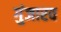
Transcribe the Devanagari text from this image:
गुंजारव